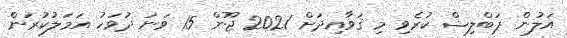
އަލުން ޕަބްލިޝް ކުރެވި މި ޤަވާއިދަށް 2021 ޖޫން 15  ވަނަ ދުވަހު އަމަލުކުރަން